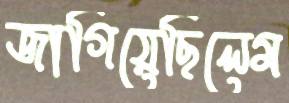
জাগিয়েছিলেম